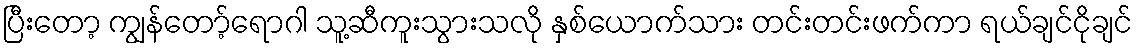
ပြီးတော့ ကျွန်တော့်ရောဂါ သူ့ဆီကူးသွားသလို နှစ်ယောက်သား တင်းတင်းဖက်ကာ ရယ်ချင်ငိုချင်